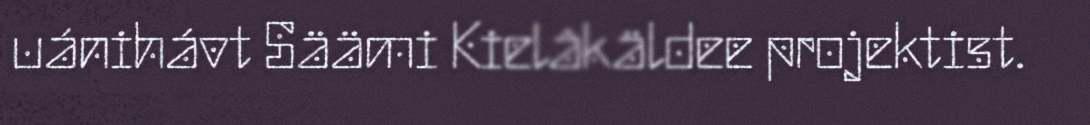
uánihávt Säämi Kielâkäldee projektist.